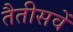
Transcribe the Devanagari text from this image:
तैतीसवें